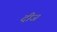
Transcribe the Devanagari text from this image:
दीज